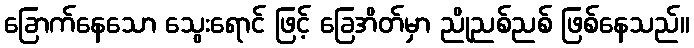
ခြောက်နေသော သွေးရောင် ဖြင့် ခြေအိတ်မှာ ညိုညစ်ညစ် ဖြစ်နေသည်။